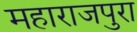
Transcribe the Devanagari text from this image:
महाराजपुरा